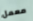
معمل